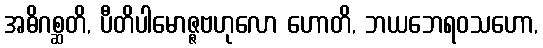
အဓိဂစ္ဆတိ, ပီတိပါမောဇ္ဇဗဟုလော ဟောတိ, ဘယဘေရဝသဟော,